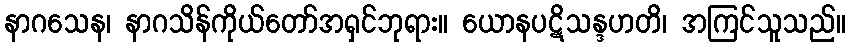
နာဂသေန၊ နာဂသိန်ကိုယ်တော်အရှင်ဘုရား။ ယောနပဋိသန္ဒဟတိ၊ အကြင်သူသည်။